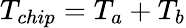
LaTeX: T_{chip}=T_{a}+T_{b}